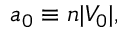
\begin{array} { l } { \displaystyle { a _ { 0 } \equiv n | V _ { 0 } | , } } \end{array}